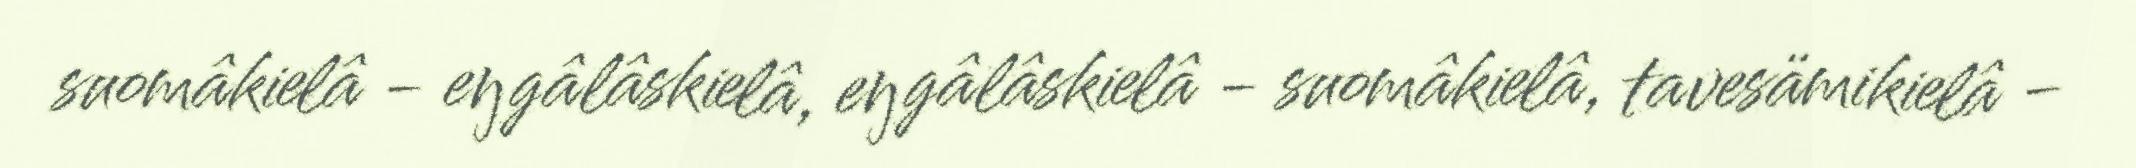
suomâkielâ - eŋgâlâskielâ, eŋgâlâskielâ - suomâkielâ, tavesämikielâ -